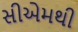
સીએમથી